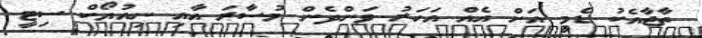
ތާޖާއެކު ޑެމީ އަށް އެއް އަހަރު ވަންދެން މުސާރަ އާއި ނިއުޔޯކް ސިޓީ